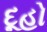
દૂહો